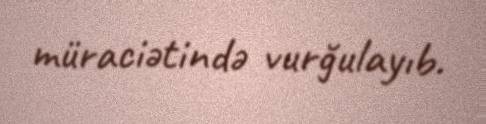
müraciətində vurğulayıb.